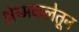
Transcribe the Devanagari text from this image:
श्लेष्मकलेतून